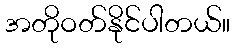
အတိုဝတ်နိုင်ပါတယ်။